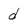
Character: d